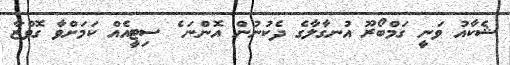
ޝެކާއު ވަނީ ގަމްބޯރޫ އުނގާލާގެ ދެކުނުން އޮންނަ ެ ސިޓީއެއް ކަމަށްވާ ގޮވްޒާ